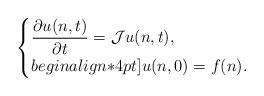
LaTeX: \begin{align*}\begin{cases}\dfrac{\partial u(n,t)}{\partial t}=\mathcal{J}u(n,t),\\begin{align*}4pt]u(n,0)=f(n).\end{cases}\end{align*}